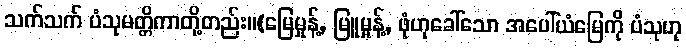
သက်သက် ပံသုမတ္တိကာတို့တည်း။(မြေမှုန့်, မြူမှုန့်, ဖုံဟုခေါ်သော အပေါ်ယံမြေကို ပံသုဟု